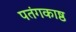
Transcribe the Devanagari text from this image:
पतंगकाष्ठ